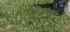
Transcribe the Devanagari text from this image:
पंडितजन